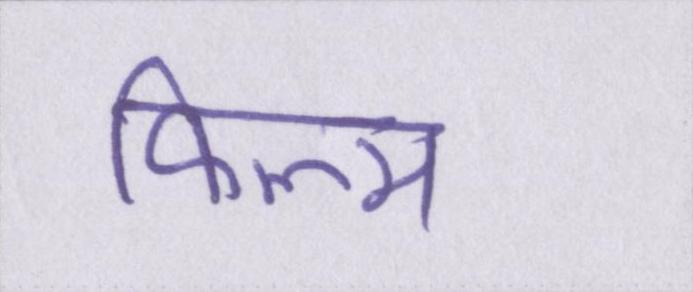
फिल्म